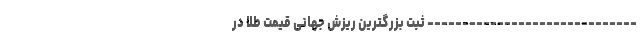
------------------------------ ثبت بزرگترین ریزش جهانی قیمت طلا در